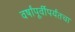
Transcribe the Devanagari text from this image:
वर्षांपूर्वीपर्यंतचा